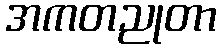
အကတညုတာ